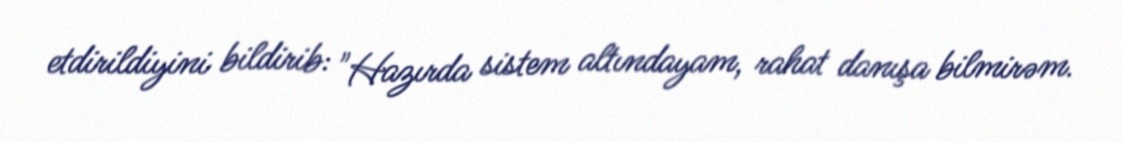
etdirildiyini bildirib: "Hazırda sistem altındayam, rahat danışa bilmirəm.